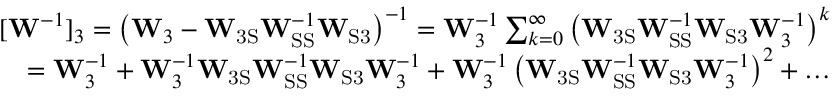
\begin{array} { r } { [ \mathbf { W } ^ { - 1 } ] _ { 3 } = \left( \mathbf { W } _ { 3 } - \mathbf { W } _ { \mathrm { 3 S } } \mathbf { W } _ { \mathrm { S S } } ^ { - 1 } \mathbf { W } _ { \mathrm { S 3 } } \right) ^ { - 1 } = \mathbf { W } _ { 3 } ^ { - 1 } \sum _ { k = 0 } ^ { \infty } \left( \mathbf { W } _ { \mathrm { 3 S } } \mathbf { W } _ { \mathrm { S S } } ^ { - 1 } \mathbf { W } _ { \mathrm { S 3 } } \mathbf { W } _ { 3 } ^ { - 1 } \right) ^ { k } } \\ { = \mathbf { W } _ { 3 } ^ { - 1 } + \mathbf { W } _ { 3 } ^ { - 1 } \mathbf { W } _ { \mathrm { 3 S } } \mathbf { W } _ { \mathrm { S S } } ^ { - 1 } \mathbf { W } _ { \mathrm { S 3 } } \mathbf { W } _ { 3 } ^ { - 1 } + \mathbf { W } _ { 3 } ^ { - 1 } \left( \mathbf { W } _ { \mathrm { 3 S } } \mathbf { W } _ { \mathrm { S S } } ^ { - 1 } \mathbf { W } _ { \mathrm { S 3 } } \mathbf { W } _ { 3 } ^ { - 1 } \right) ^ { 2 } + \dots } \end{array}